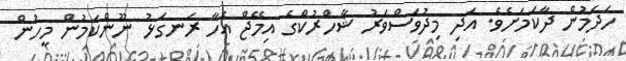
ހަދަމުން ދާކަމަށެވެ. އަދި މިދުވަސްވަރު ޝާހްރުކްގެ އިމޭޖް އެހާ ރަނގަޅު ނޫންކަމުން މީހުން